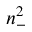
n _ { - } ^ { 2 }